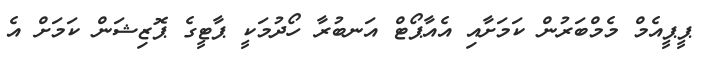
ޕީޕީއެމް މެމްބަރުން ކަމަށާއި އެއާޕޯޓް އަނބުރާ ހޯދުމަކީ ޕާޓީގެ ޕޮޒިޝަން ކަމަށް އެ